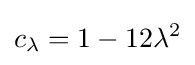
c_{\lambda }=1-12\lambda ^{2}